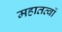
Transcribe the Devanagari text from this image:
महातत्वों